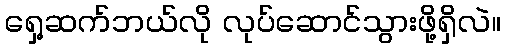
ရှေ့ဆက်ဘယ်လို လုပ်ဆောင်သွားဖို့ရှိလဲ။